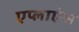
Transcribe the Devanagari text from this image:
एप्लाएंस